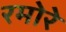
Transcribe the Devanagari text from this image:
रमोरे